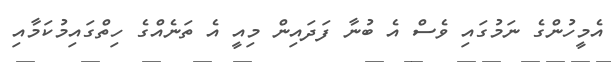
އެމީހުންގެ ނަމުގައި ވެސް އެ ބުނާ ފަދައިން މިއީ އެ ތަނެއްގެ ހިތްގައިމުކަމާއި